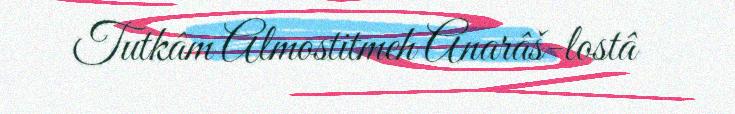
Tutkâm Almostitmeh Anarâš-lostâ